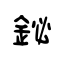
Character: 鉍